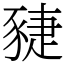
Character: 䝊